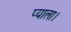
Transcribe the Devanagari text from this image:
प्याला।